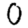
Digit: 0